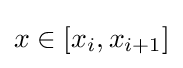
x\in [x_{i},x_{i+1}]